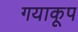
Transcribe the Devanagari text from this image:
गयाकूप